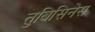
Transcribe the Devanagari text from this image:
तुबिसिनेस